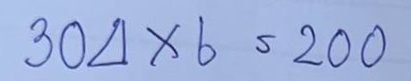
304 x 6 = 200